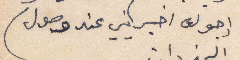
ارجوك اخبريني عند وصول